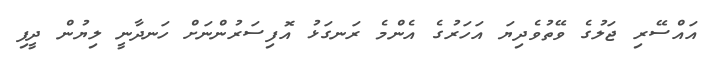
އައްސޭރި ޖަލުގެ ވޭތުވެދިޔަ އަހަރުގެ އެންމެ ރަނގަޅު އޮފިސަރުންނަށް ހަނދާނީ ލިޔުން ދީފި